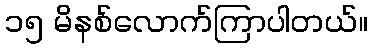
၁၅ မိနစ်လောက်ကြာပါတယ်။